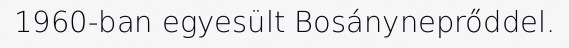
1960-ban egyesült Bosányneprőddel.